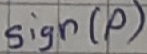
Text: Sign(p)